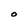
Character: O